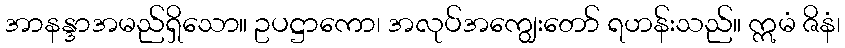
အာနန္ဒာအမည်ရှိသော။ ဥပဋ္ဌာကော၊ အလုပ်အကျွေးတော် ရဟန်းသည်။ ဣမံ ဇိနံ၊